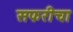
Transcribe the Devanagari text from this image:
सफरीचा